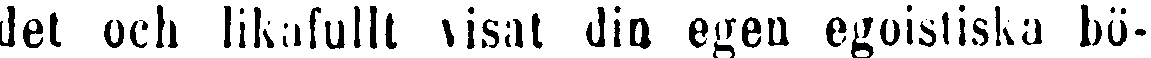
det och likafullt visat din egen egoistiska bö-